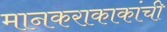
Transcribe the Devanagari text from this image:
मानकराकाकांची